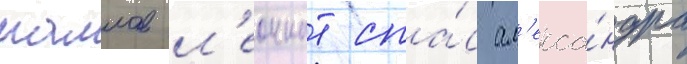
маллов л'еоннат спа́с ал'екса́ндра